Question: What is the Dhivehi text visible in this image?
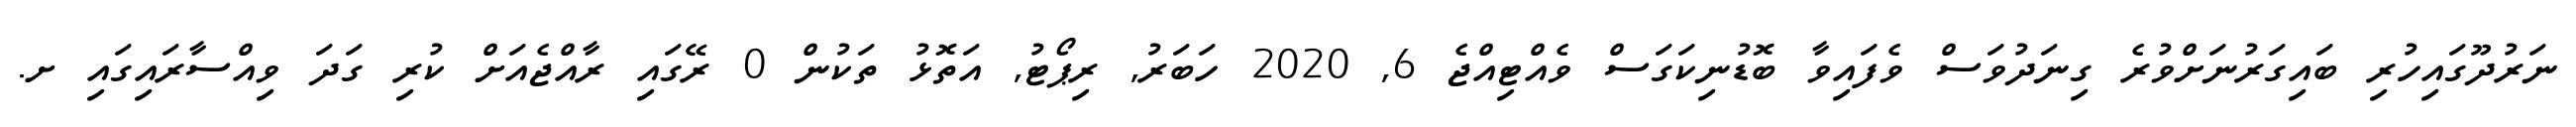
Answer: ނަރުދޫގައިހުރި ބައިގަރުނަށްވުރެ ގިނަދުވަސް ވެފައިވާ ބޮޑުނިކަގަސް ވެއްޓިއްޖެ 6, 2020 ހަބަރު, ރިޕޯޓު, އަތޮޅު ތަކުން 0 ރޭގައި ރާއްޖެއަށް ކުރި ގަދަ ވިއްސާރައިގައި ށ.